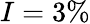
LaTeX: I=3\%